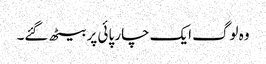
وہ لوگ ایک چار پائی پر بیٹھ گئے۔